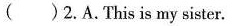
( )2.A.This is my sister.